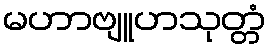
မဟာဗျူဟသုတ္တံ